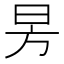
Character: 昘